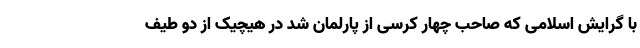
با گرایش اسلامی که صاحب چهار کرسی از پارلمان شد در هیچیک از دو طیف